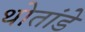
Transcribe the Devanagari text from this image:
थोतांडे